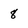
Character: 8